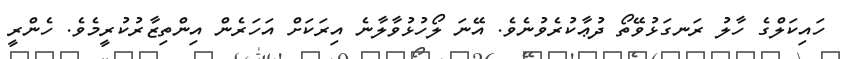
ހައިކަލްގެ ހާލު ރަނގަޅުވޭތޯ ދުޢާކުރެވުނެވެ. އޭނަ ލޯހުޅުވާލާނެ އިރަކަށް އަހަރެން އިންތިޒާރުކުރީމެވެ. ހެންރީ